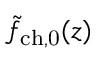
\tilde { f } _ { \mathrm { c h , 0 } } ( z )